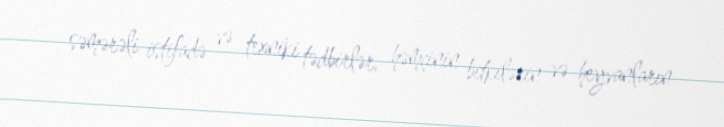
səmərəli istifadə və texniki tədbirlər, həmçinin bitkilərin və heyvanların